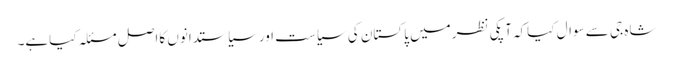
شاہ جی سے سوال کیاکہ آپکی نظرمیں پاکستان کی سیاست اورسیاستدانوں کااصل مسئلہ کیاہے۔